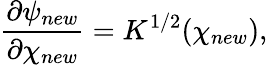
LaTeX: \frac{\partial\psi_{new}}{\partial\chi_{new}}=K^{1/2}(\chi_{new}),